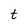
Character: t